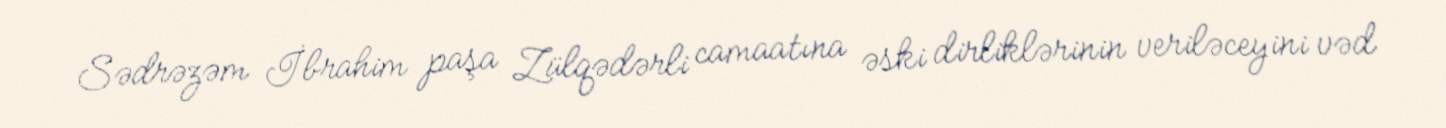
Sədrəzəm İbrahim paşa Zülqədərli camaatına əski dirliklərinin veriləceyini vəd